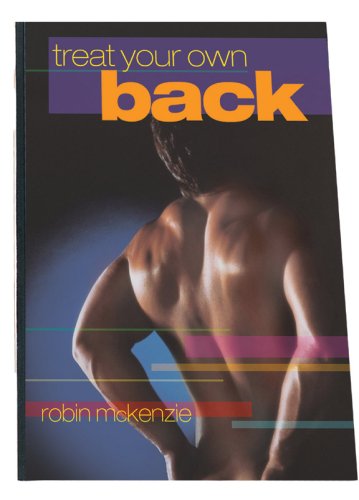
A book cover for Treat Your Own Back; Robin A. McKenzie; Health, Fitness & Dieting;